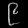
Digit: ၉